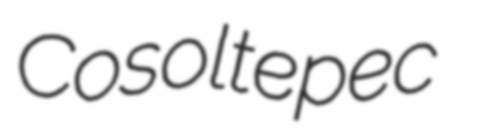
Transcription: Cosoltepec